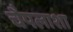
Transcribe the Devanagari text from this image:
चैपलाशा